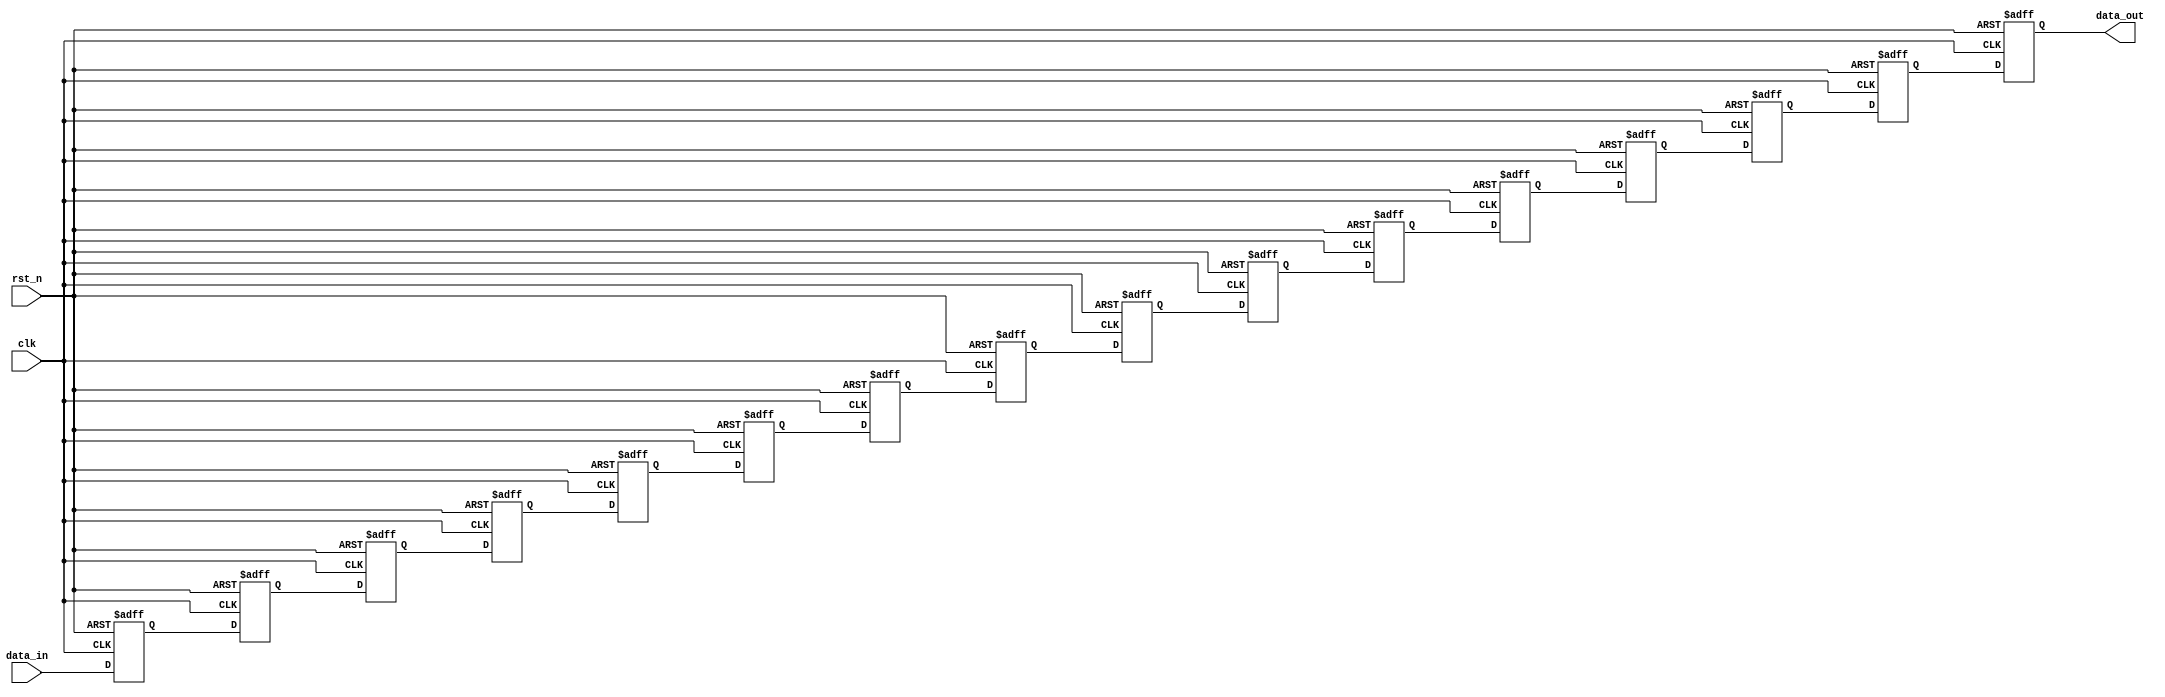
module generate_vld_shift #
(
	parameter DATA_WIDTH=256,
	parameter DEPTH=16
)
(
    input clk,
    input rst_n,

    input [DATA_WIDTH-1:0]data_in,
    output [DATA_WIDTH-1:0]data_out
);
reg [DATA_WIDTH-1:0]dat_reg[DEPTH-1:0];

always@(posedge clk or negedge rst_n) 
if(~rst_n)
    dat_reg[0]<=0;
else
    dat_reg[0]<=data_in;
        
genvar i;
generate
    for(i=1;i<DEPTH;i=i+1) 
    begin:shift
        always@(posedge clk or negedge rst_n) 
        if(~rst_n)
            dat_reg[i]<=0;
        else
            dat_reg[i]<=dat_reg[i-1];
    end
endgenerate

assign data_out=dat_reg[DEPTH-1];

endmodule